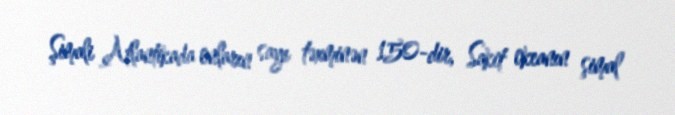
Şimali Atlantikada onların sayı təxminən 150-dir, Sakit okeanın şimal